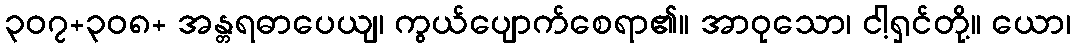
၃၀၇+၃၀၈+ အန္တရဓာပေယျ၊ ကွယ်ပျောက်စေရာ၏။ အာဝုသော၊ ငါ့ရှင်တို့။ ယော၊